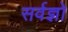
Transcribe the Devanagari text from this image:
सर्वज्ञो